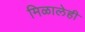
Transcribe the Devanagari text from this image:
मिळालेही